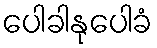
ပေါခါနုပေါခံ